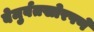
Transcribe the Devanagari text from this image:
बेमुर्वतखोरपणे